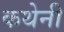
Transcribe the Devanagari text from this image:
कथेनी